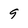
Character: 9